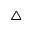
\triangle